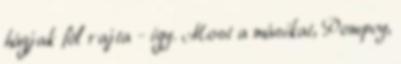
hágjak föl rajta - így. Most a másikat, Pompey,